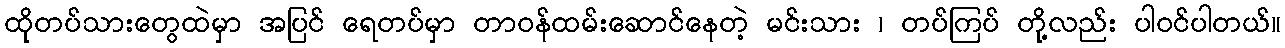
ထိုတပ်သားတွေထဲမှာ အပြင် ရေတပ်မှာ တာဝန်ထမ်းဆောင်နေတဲ့ မင်းသား ၊ တပ်ကြပ် တို့လည်း ပါဝင်ပါတယ်။